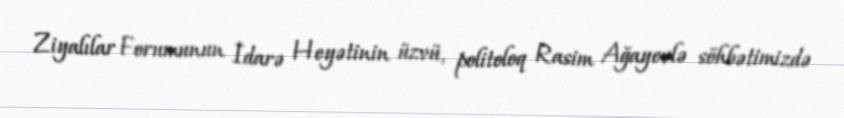
Ziyalılar Forumunun İdarə Heyətinin üzvü, politoloq Rasim Ağayevlə söhbətimizdə